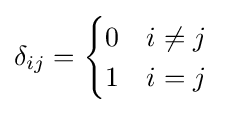
\delta _{ij}={\begin{cases}0&i\neq j\\1&i=j\ \end{cases}}